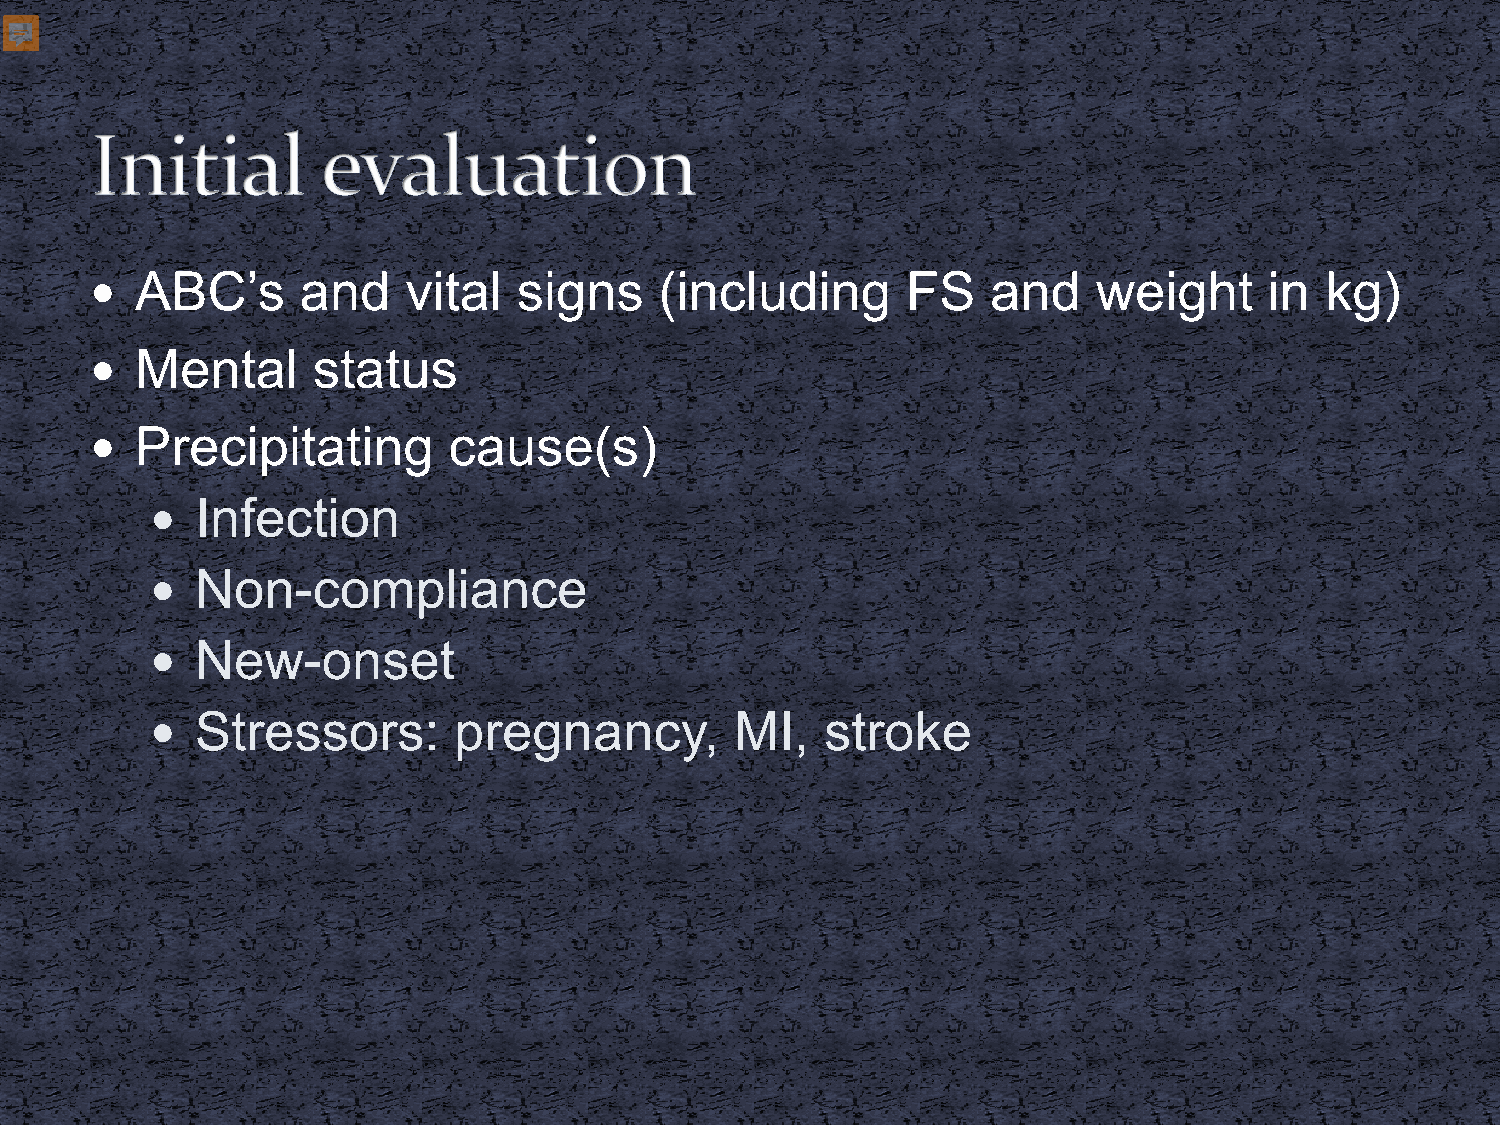
  ABC’s      and    vital  signs     (including      FS    and    weight     in  kg)
   Mental      status
   Precipitating        cause(s)
   Infection
   Non-compliance
   New-onset
   Stressors:       pregnancy,         MI,   stroke